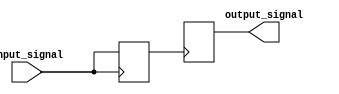
module IO_Block (
    input wire input_signal,
    output reg output_signal
);

reg input_buffer;
reg output_buffer;

// Input buffer
always @ (posedge input_signal) begin
    input_buffer <= input_signal;
end

// Output buffer
always @ (posedge input_buffer) begin
    output_signal <= output_buffer;
end

endmodule